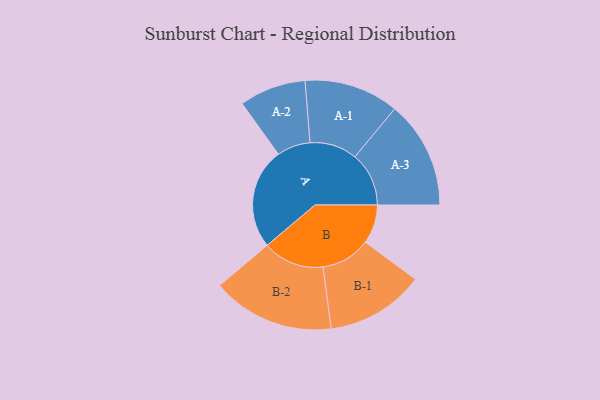
{"axis": {"x": "Segment", "y": "Value"}, "legend": ["", "A", "B"], "data": [{"x": "A", "y": 461, "type": ""}, {"x": "B", "y": 178, "type": ""}, {"x": "A-1", "y": 216, "type": "A"}, {"x": "A-2", "y": 152, "type": "A"}, {"x": "A-3", "y": 246, "type": "A"}, {"x": "B-1", "y": 225, "type": "B"}, {"x": "B-2", "y": 280, "type": "B"}]}